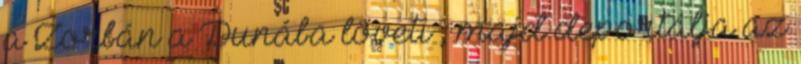
a Zorbán a Dunába löveti , majd deportálja az